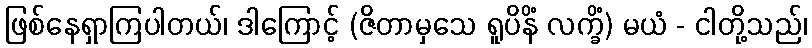
ဖြစ်နေရှာကြပါတယ်၊ ဒါကြောင့် (ဇိတာမှသေ ရူပိနိံ လက္ခိံ) မယံ - ငါတို့သည်၊